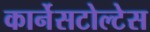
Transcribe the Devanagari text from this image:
कार्नेसटोल्टेस